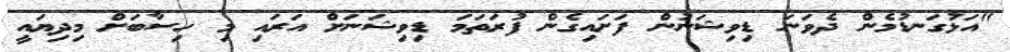
"އަޅުގަނޑުމެން ދެވަނަަ ޑިވިޝަނުން ފަށައިގެން ފުރަތަމަ ޑިވިޝަނަށް އަރައި މި ހިސާބަށް މިދިޔައީ